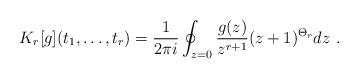
LaTeX: \begin{align*}K_r[g](t_1,\ldots,t_r) ={1\over 2\pi i} \oint_{z=0} {g(z)\over z^{r+1}} (z+1)^{\Theta_r} dz \ .\end{align*}